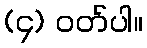
(၄) ဝတ်ပါ။